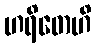
ဟရိတေဟိ